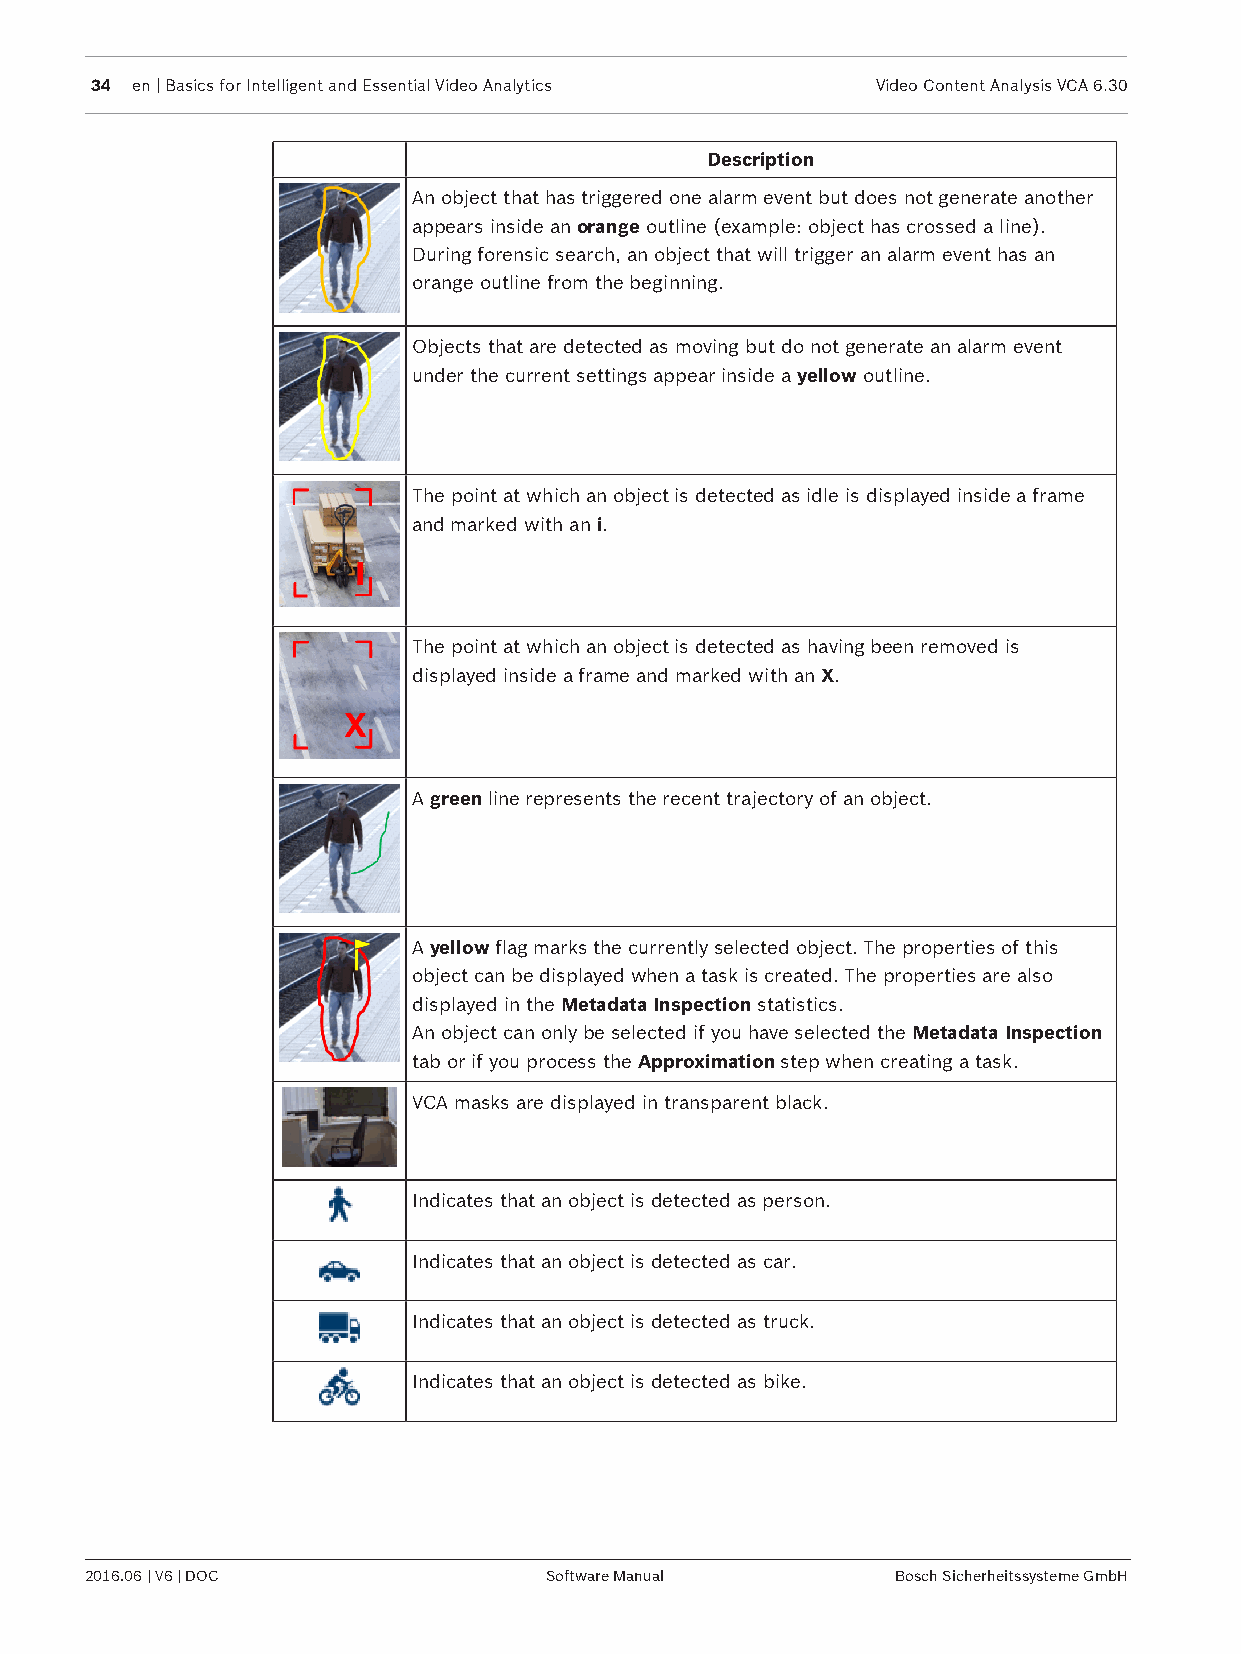
34 en | Basics for Intelligent and Essential Video Analytics Video Content Analysis VCA 6.30
 Description
 An object that has triggered one alarm event but does not generate another
 appears inside an orange outline (example: object has crossed a line).
 During forensic search, an object that will trigger an alarm event has an
 orange outline from the beginning.
 Objects that are detected as moving but do not generate an alarm event
 under the current settings appear inside a yellow outline.
 The point at which an object is detected as idle is displayed inside a frame
 and marked with an i.
 The point at which an object is detected as having been removed is
 displayed inside a frame and marked with an X.
 A green line represents the recent trajectory of an object.
 A yellow flag marks the currently selected object. The properties of this
 object can be displayed when a task is created. The properties are also
 displayed in the Metadata Inspection statistics.
 An object can only be selected if you have selected the Metadata Inspection
 tab or if you process the Approximation step when creating a task.
 VCA masks are displayed in transparent black.
 Indicates that an object is detected as person.
 Indicates that an object is detected as car.
 Indicates that an object is detected as truck.
 Indicates that an object is detected as bike.
 2016.06 | V6 | DOC            Software Manual        Bosch Sicherheitssysteme GmbH